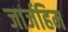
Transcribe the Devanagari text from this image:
जार्जहिम